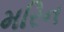
મરિન